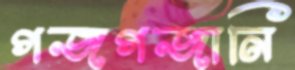
গজগজানি